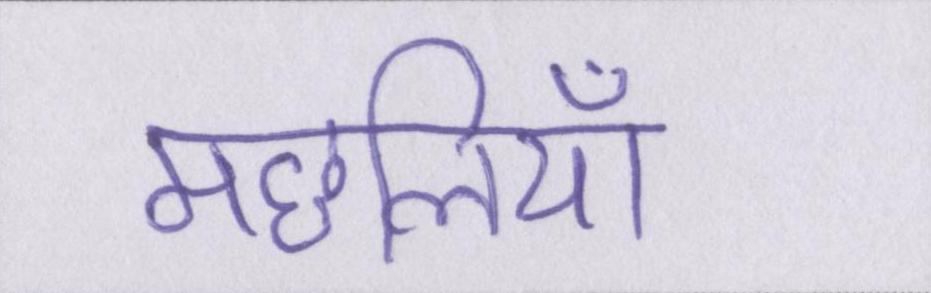
मछलियाँ